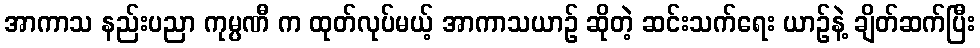
အာကာသ နည်းပညာ ကုမ္ပဏီ က ထုတ်လုပ်မယ့် အာကာသယာဉ် ဆိုတဲ့ ဆင်းသက်ရေး ယာဉ်နဲ့ ချိတ်ဆက်ပြီး